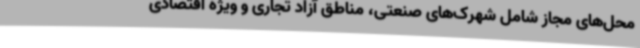
محل‌های مجاز شامل شهرک‌های صنعتی، مناطق آزاد تجاری و ویژه اقتصادی